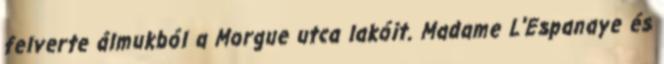
felverte álmukból a Morgue utca lakóit. Madame L'Espanaye és